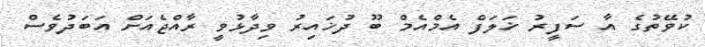
ކުވޭތުގެ އާ ސަފީރު ޚަލަފް އެމްއެމް ބޫ ދުޚައިރު ވިދާޅުވީ ރާއްޖެއަށް އަބަދުވެސް